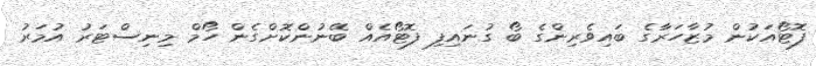
ފޮޓޯއަކުން މުޒާހަރާގެ ބައިވެރިންގެ ބޯ ގުނައިފި ފޮޓޯއެއް ބޭނުންކޮށްގެން ހޯމް މިނިސްޓަރު އުމަރު